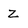
Character: Z